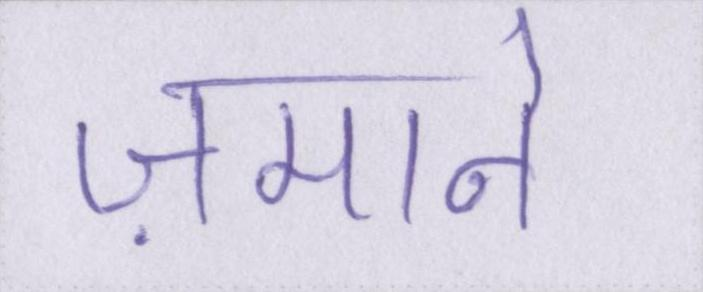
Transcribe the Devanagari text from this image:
ज़माने